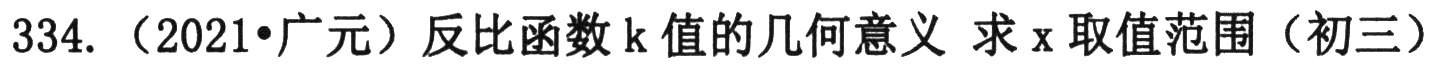
334. （2021•广元）反比例函数k值的几何意义 求x取值范围（初三）